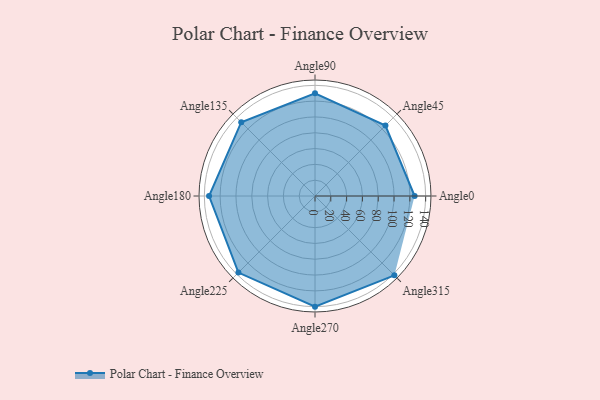
{"axis": {"x": "Angle", "y": "Radius"}, "legend": [""], "data": [{"x": "Angle0", "y": 126.0, "type": ""}, {"x": "Angle45", "y": 126.0, "type": ""}, {"x": "Angle90", "y": 130.0, "type": ""}, {"x": "Angle135", "y": 132.0, "type": ""}, {"x": "Angle180", "y": 134.0, "type": ""}, {"x": "Angle225", "y": 137.0, "type": ""}, {"x": "Angle270", "y": 140.0, "type": ""}, {"x": "Angle315", "y": 142.0, "type": ""}]}